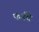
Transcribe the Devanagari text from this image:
फर्नचे